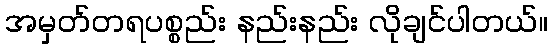
အမှတ်တရပစ္စည်း နည်းနည်း လိုချင်ပါတယ်။